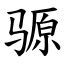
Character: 𫘪